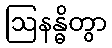
ဩနန္ဓိတွာ